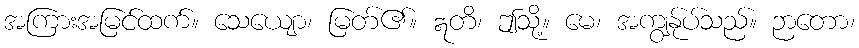
အကြားအမြင်ထက်။ သေယျော၊ မြတ်၏။ ဣတိ၊ ဤသို့။ မေ၊ အကျွန်ုပ်သည်။ ဉာတော၊